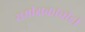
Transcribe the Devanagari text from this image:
समीक्षकांचीही